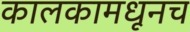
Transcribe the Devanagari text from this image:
कालकामधूनच